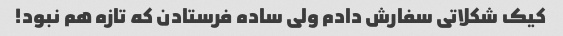
کیک شکلاتی سفارش دادم ولی ساده فرستادن که تازه هم نبود!